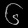
Digit: ၆